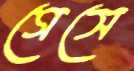
গেসে